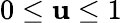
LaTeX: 0\leq\mathbf{u}\leq1